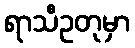
ရာသီဥတုမှာ